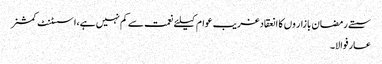
سستے رمضان بازار وں کا انعقادغریب عوام کیلئے نعمت سے کم نہیں ہے،اسسٹنٹ کمشنر
عارفوالا۔